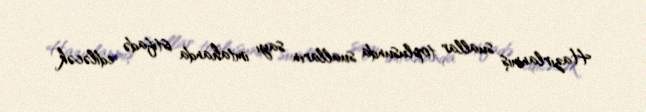
Hazırlanmış suallar toplusunda sualların sayı imtahanda istifadə ediləcək